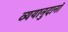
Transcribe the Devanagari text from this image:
व्ययानुदानॉ